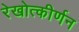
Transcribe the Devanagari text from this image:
रेखोत्कीर्णन